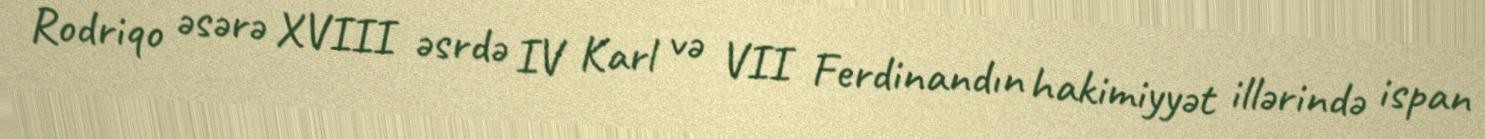
Rodriqo əsərə XVIII əsrdə IV Karl və VII Ferdinandın hakimiyyət illərində ispan